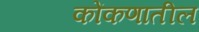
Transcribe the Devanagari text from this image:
कोंकणातील